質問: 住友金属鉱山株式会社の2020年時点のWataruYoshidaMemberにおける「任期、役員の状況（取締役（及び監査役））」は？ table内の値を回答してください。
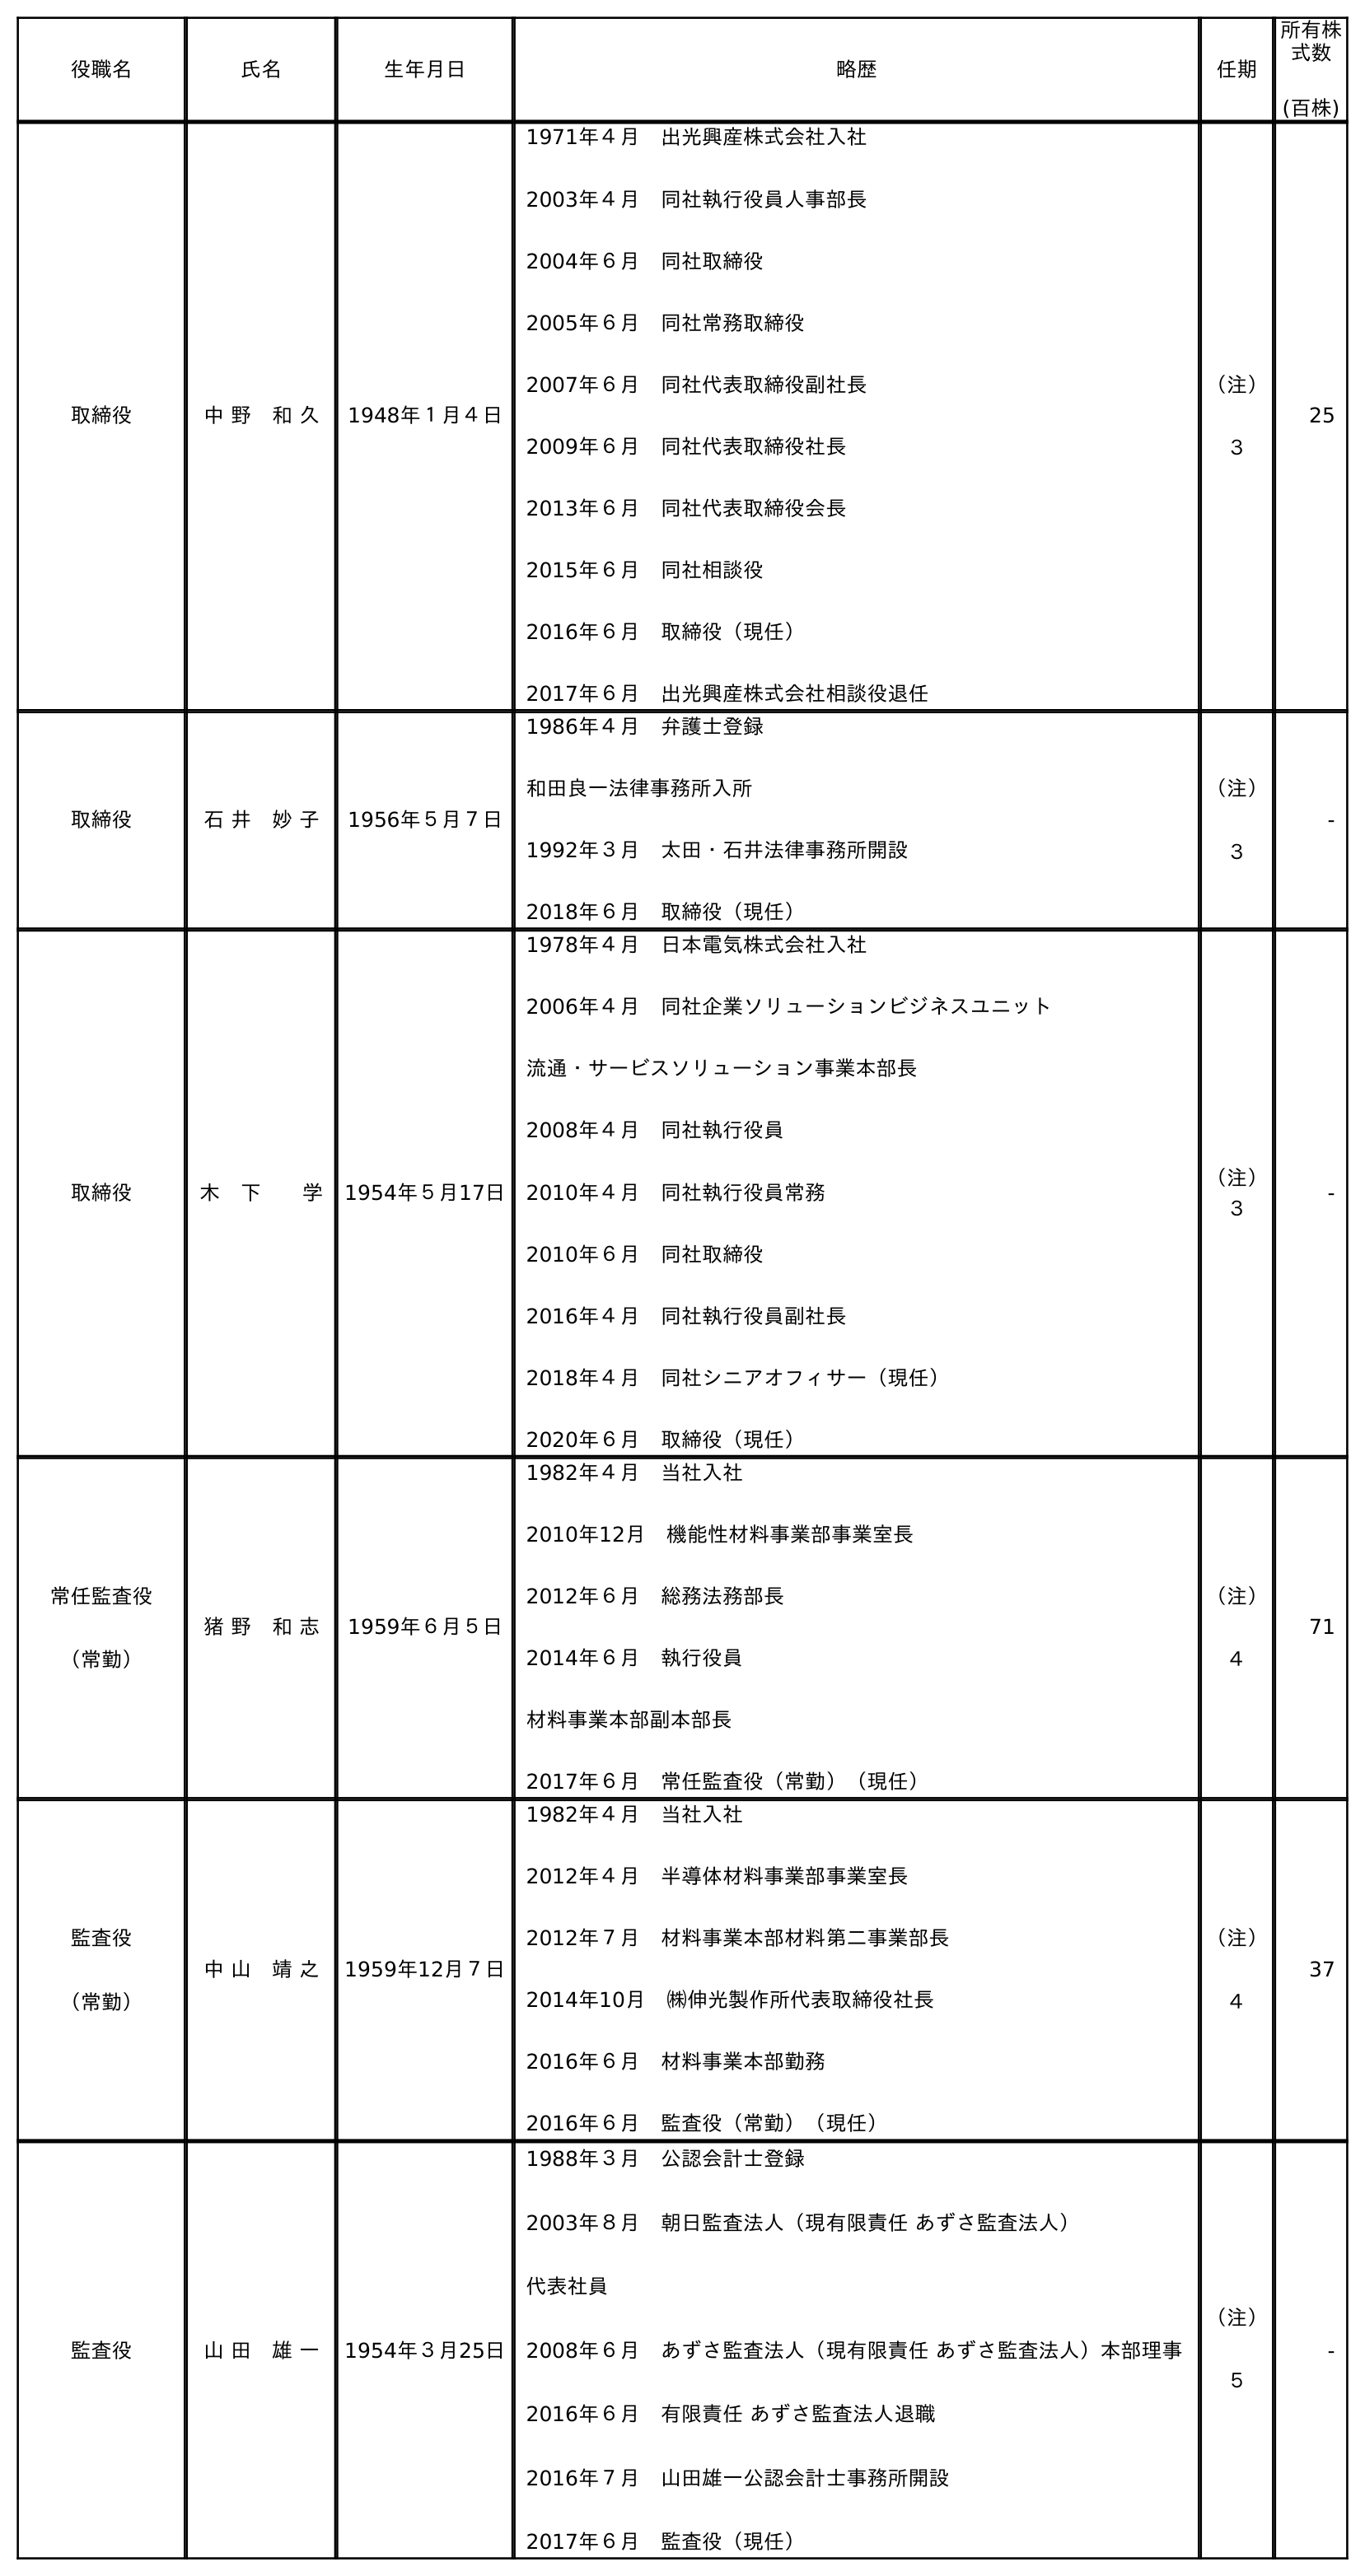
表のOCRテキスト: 役職名 氏名 生年月日 略歴 任期 所有株 式数 (百株) 取締役 中 野 和 久 1948年１月４日 1971年４月 出光興産株式会社入社 2003年４月 同社執行役員人事部長 2004年６月 同社取締役 2005年６月 同社常務取締役 2007年６月 同社代表取締役副社長 2009年６月 同社代表取締役社長 2013年６月 同社代表取締役会長 2015年６月 同社相談役 2016年６月 取締役（現任） 2017年６月 出光興産株式会社相談役退任 （注） ３ 25 取締役 石 井 妙 子 1956年５月７日 1986年４月 弁護士登録 和田良一法律事務所入所 1992年３月 太田・石井法律事務所開設 2018年６月 取締役（現任） （注） ３ - 取締役 木 下  学 1954年５月17日 1978年４月 日本電気株式会社入社 2006年４月 同社企業ソリューションビジネスユニット 流通・サービスソリューション事業本部長 2008年４月 同社執行役員 2010年４月 同社執行役員常務 2010年６月 同社取締役 2016年４月 同社執行役員副社長 2018年４月 同社シニアオフィサー（現任） 2020年６月 取締役（現任） （注） ３ - 常任監査役 （常勤） 猪 野 和 志 1959年６月５日 1982年４月 当社入社 2010年12月 機能性材料事業部事業室長 2012年６月 総務法務部長 2014年６月 執行役員 材料事業本部副本部長 2017年６月 常任監査役（常勤）（現任） （注） ４ 71 監査役 （常勤） 中 山 靖 之 1959年12月７日 1982年４月 当社入社 2012年４月 半導体材料事業部事業室長 2012年７月 材料事業本部材料第二事業部長 2014年10月 ㈱伸光製作所代表取締役社長 2016年６月 材料事業本部勤務 2016年６月 監査役（常勤）（現任） （注） ４ 37 監査役 山 田 雄 一 1954年３月25日 1988年３月 公認会計士登録 2003年８月 朝日監査法人（現有限責任 あずさ監査法人） 代表社員 2008年６月 あずさ監査法人（現有限責任 あずさ監査法人）本部理事 2016年６月 有限責任 あずさ監査法人退職 2016年７月 山田雄一公認会計士事務所開設 2017年６月 監査役（現任） （注） ５ -
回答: （注）４